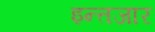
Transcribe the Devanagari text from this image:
इन्त्तजार